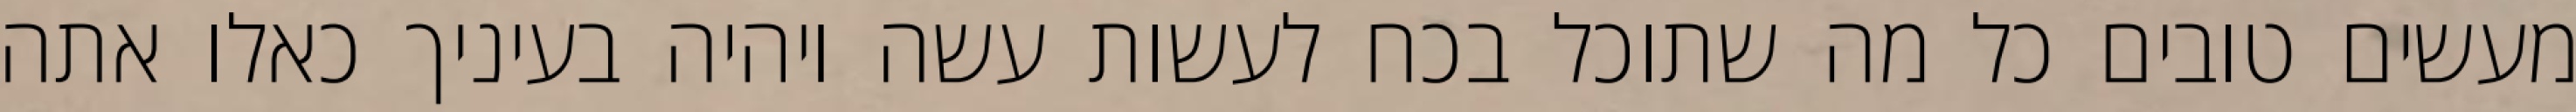
מעשים טובים כל מה שתוכל בכח לעשות עשה ויהיה בעיניך כאלו אתה